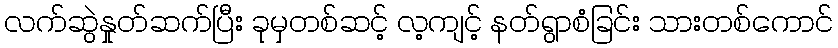
လက်ဆွဲနှုတ်ဆက်ပြီး ခုမှတစ်ဆင့် လ့ကျင့် နတ်ရွာစံခြင်း သားတစ်ကောင်